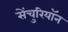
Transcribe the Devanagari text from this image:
सेंचुरियॉन